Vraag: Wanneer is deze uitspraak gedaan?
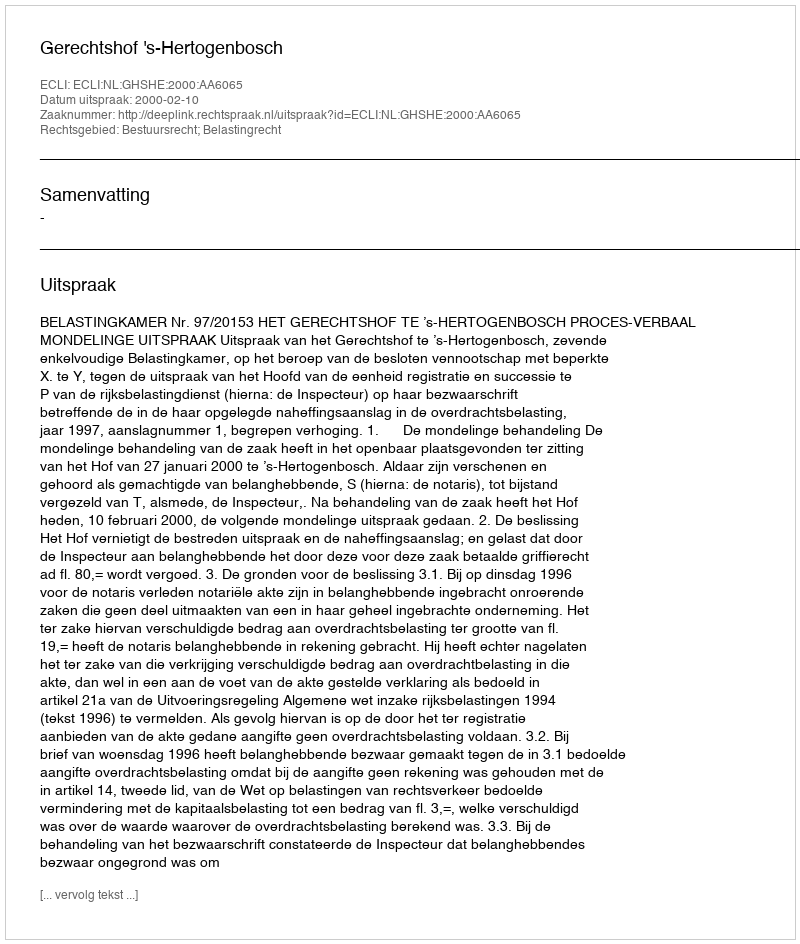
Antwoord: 2000-02-10